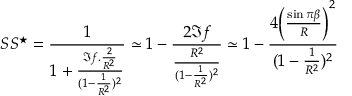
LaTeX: S S ^ { \star } = \frac { 1 } { 1 + \frac { \Im f . { \frac { 2 } { R ^ { 2 } } } } { ( 1 - \frac { 1 } { R ^ { 2 } } ) ^ { 2 } } } \simeq 1 - \frac { 2 \Im f } { \frac { R ^ { 2 } } { ( 1 - \frac { 1 } { R ^ { 2 } } ) ^ { 2 } } } \simeq 1 - \frac { 4 \bigg ( \frac { \sin \pi \beta } { R } \bigg ) ^ { 2 } } { ( 1 - \frac { 1 } { R ^ { 2 } } ) ^ { 2 } }